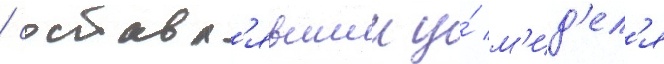
/ составл'явшии у́ м'ид'ел'я